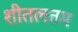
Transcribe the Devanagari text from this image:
शीतलतम